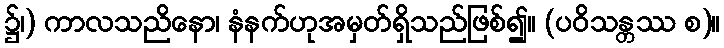
၌၊) ကာလသညိနော၊ နံနက်ဟုအမှတ်ရှိသည်ဖြစ်၍။ (ပဝိသန္တဿ စ)။